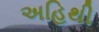
અહિથી